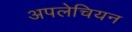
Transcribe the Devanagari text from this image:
अपलेचियन